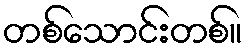
တစ်သောင်းတစ်။